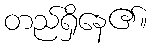
တည်ရှိနေ၏။